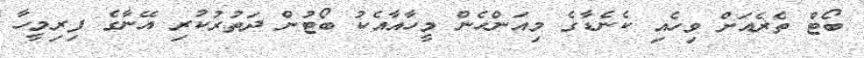
ބޯޓް ތެރެއަށް ވިހެއި ކެނެޑާގެ މިއަންހެން މީހާއާއެކު ބޯޓުން ދަތުރުކުރި އޭނާގެ ފިރިމީހާ